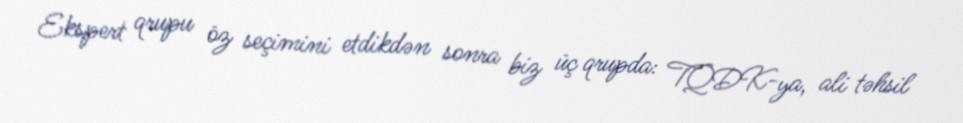
Ekspert qrupu öz seçimini etdikdən sonra biz üç qrupda: TQDK-ya, ali təhsil